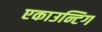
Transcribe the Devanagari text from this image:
एकाउन्टिग